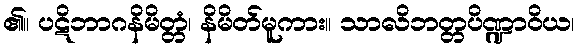
၏။ ပဋိဘာဂနိမိတ္တံ၊ နိမိတ်မူကား။ သာလိဘတ္တပိဏ္ဍာဝိယ၊